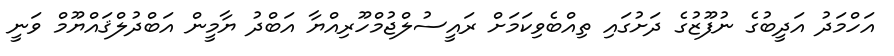
އަހްމަދު އަދީބުގެ ނުފޫޒުގެ ދަށުގައި ތިއްބެވިކަމަށް ރައީސުލްޖުމްހޫރިއްޔާ އަބްދު ޔާމީން އަބްދުލްޤައްޔޫމް ވަނީ